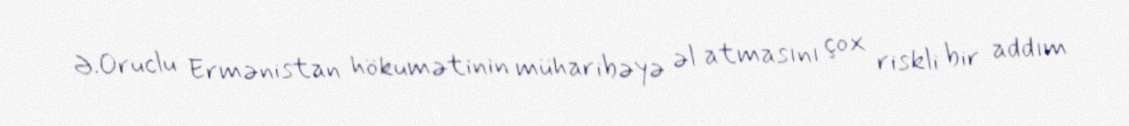
Ə.Oruclu Ermənistan hökumətinin müharibəyə əl atmasını çox riskli bir addım